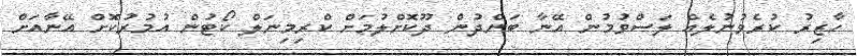
ހާޒިރު ކުރެވުނުލެއް ލަސްވުމުން އޭނާ ބަންދުން ދޫކޮށްލުމަށް ކްރިމިނަލް ކޯޓުން އުމުރުކޮށް އޭނާއަށް